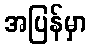
အပြန်မှာ